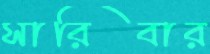
সারিবার